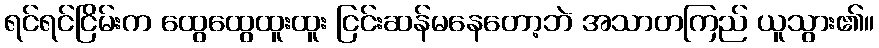
ရင်ရင်ငြိမ်းက ထွေထွေထူးထူး ငြင်းဆန်မနေတော့ဘဲ အသာတကြည် ယူသွား၏။